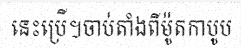
នេះប្រើ។ចាប់តាំងពីម៉ូតកាបូប